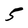
Character: 5